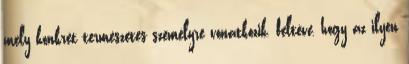
mely konkrét természetes személyre vonatkozik, feltéve, hogy az ilyen